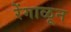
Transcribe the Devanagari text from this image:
रेंगाळून